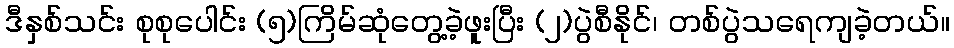
ဒီနှစ်သင်း စုစုပေါင်း (၅)ကြိမ်ဆုံတွေ့ခဲ့ဖူးပြီး (၂)ပွဲစီနိုင်၊ တစ်ပွဲသရေကျခဲ့တယ်။